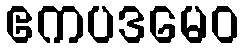
ဧကပဒမေဝ